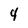
Character: 4